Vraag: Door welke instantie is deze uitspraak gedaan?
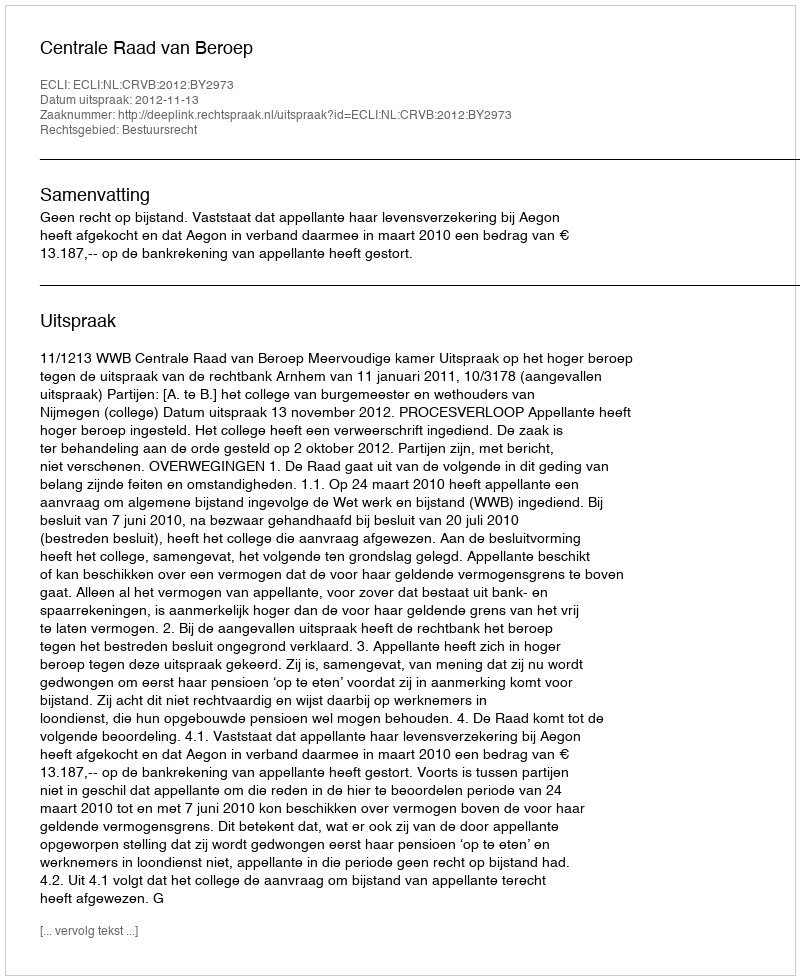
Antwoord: Centrale Raad van Beroep